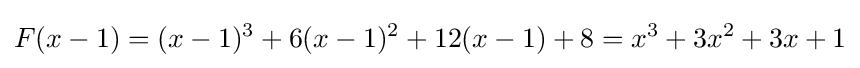
F(x-1)=(x-1)^{3}+6(x-1)^{2}+12(x-1)+8=x^{3}+3x^{2}+3x+1